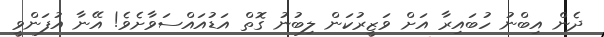
ދެން އިބްނު ހުބައިރާ އަށް ވަޒީރުކަން ލިބުނު ގޮތް އަޑުއައްސަވާށެވެ! އޭނާ އުފަންވީ